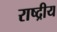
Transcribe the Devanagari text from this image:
राष्द्रीय